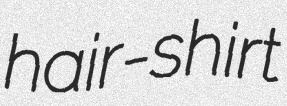
hair-shirt